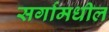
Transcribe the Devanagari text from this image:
सर्गामधील